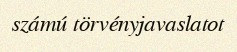
számú törvényjavaslatot